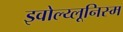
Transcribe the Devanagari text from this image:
इवोल्य्लूनिस्म